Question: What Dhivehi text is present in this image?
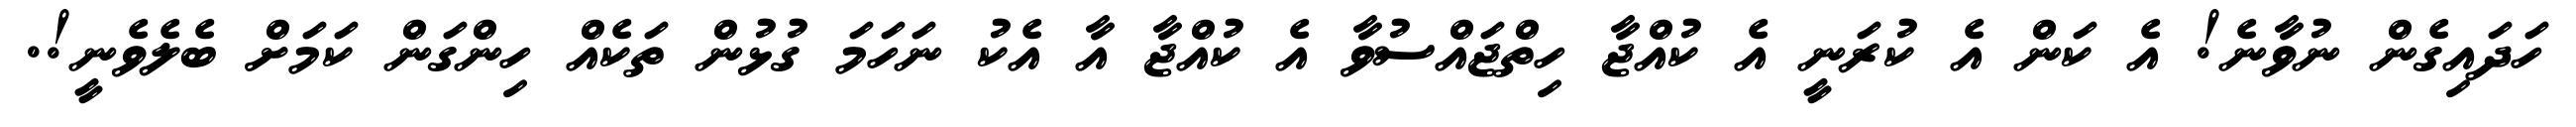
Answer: ހަދައިގެން ނުވާނެ! އެ ކަން އެ ކުރަނީ އެ ކުއްޖާ ހިތްޖައްސުވާ އެ ކުއްޖާ އާ އެކު ނަހަމަ ގުޅުން ތަކެއް ހިންގަން ކަމަށް ބެލެވެނީ!.